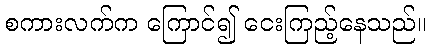
စကားလက်က ကြောင်၍ ငေးကြည့်နေသည်။